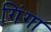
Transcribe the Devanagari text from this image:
गिंगा